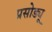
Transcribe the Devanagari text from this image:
प्रसोड्यू